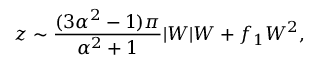
z \sim \frac { ( 3 \alpha ^ { 2 } - 1 ) \pi } { \alpha ^ { 2 } + 1 } | W | W + f _ { 1 } W ^ { 2 } ,